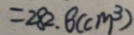
= 2 8 2 . 8 ( c m ^ { 3 } )